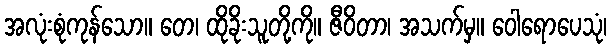
အလုံးစုံကုန်သော။ တေ၊ ထိုခိုးသူတို့ကို။ ဇီဝိတာ၊ အသက်မှ။ ဝေါရောပေသုံ၊